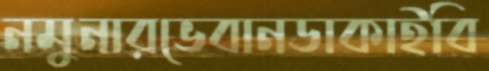
নমুনারভেবানডাকাইবি